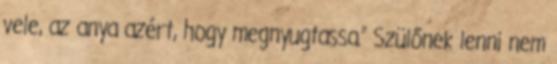
vele, az anya azért, hogy megnyugtassa.” Szülőnek lenni nem